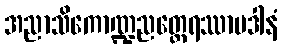
အညာသိကောဏ္ဍညတ္ထေရဿာပဒါနံ